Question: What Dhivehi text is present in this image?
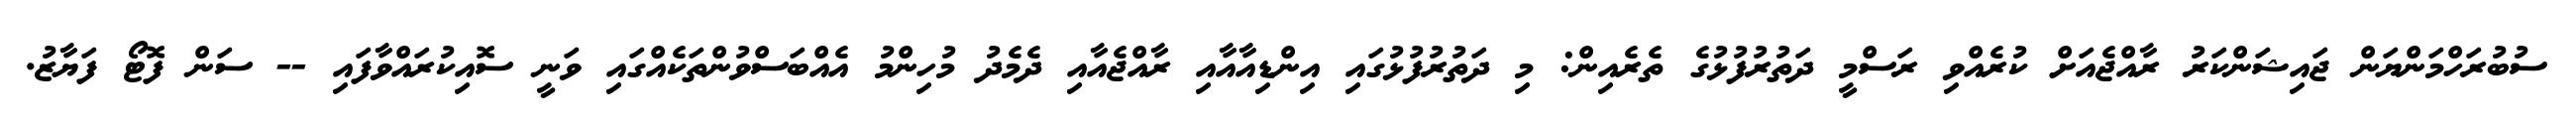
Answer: ސުބުރަހްމަންޔަން ޖައިޝަންކަރު ރާއްޖެއަށް ކުރެއްވި ރަސްމީ ދަތުރުފުޅުގެ ތެރެއިން: މި ދަތުރުފުޅުގައި އިންޑިއާއާއި ރާއްޖެއާއި ދެމެދު މުހިންމު އެއްބަސްވުންތަކެއްގައި ވަނީ ސޮއިކުރައްވާފައި -- ސަން ފޮޓޯ ފަޔާޒު.